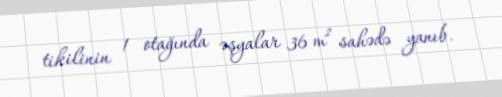
tikilinin 1 otağında əşyalar 36 m² sahədə yanıb.